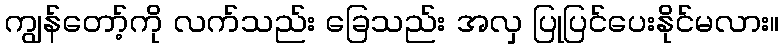
ကျွန်တော့်ကို လက်သည်း ခြေသည်း အလှ ပြုပြင်ပေးနိုင်မလား။